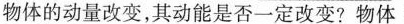
物体的动量改变，其动能是否一定改变？物体